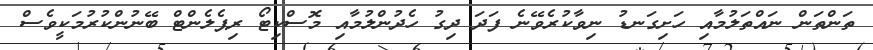
ތަންތަން ނައްތަލުމާއި ހަށިގަނޑު ނިވާކުރެވޭނެ ފަދަ ދިގު ހެދުންލުމާއި މޮސްކިޓޯ ރިޕެލެންޓް ބޭނުންކުރުމަކީވެސް